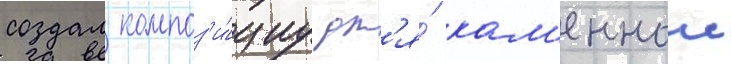
создал композ'и́циу дл'я́ кам'еннои